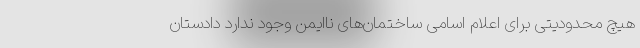
هیچ محدودیتی برای اعلام اسامی ساختمان‌های ناایمن وجود ندارد دادستان